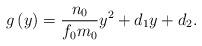
LaTeX: \begin{align*}g\left( y\right) =\frac{n_{0}}{f_{0}m_{0}}y^{2}+d_{1}y+d_{2}. \end{align*}